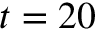
t = 2 0